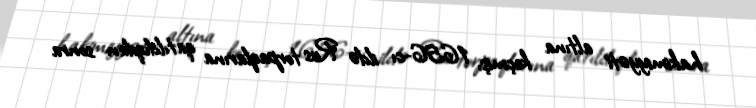
hakimiyyəti altına keçmiş, 1656-cı ildə Rus torpaqlarına qatıldıqdan sonra